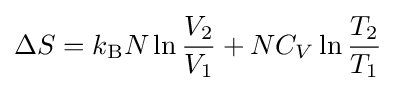
\Delta S=k_{\text{B}}N\ln {\frac {V_{2}}{V_{1}}}+NC_{V}\ln {\frac {T_{2}}{T_{1}}}